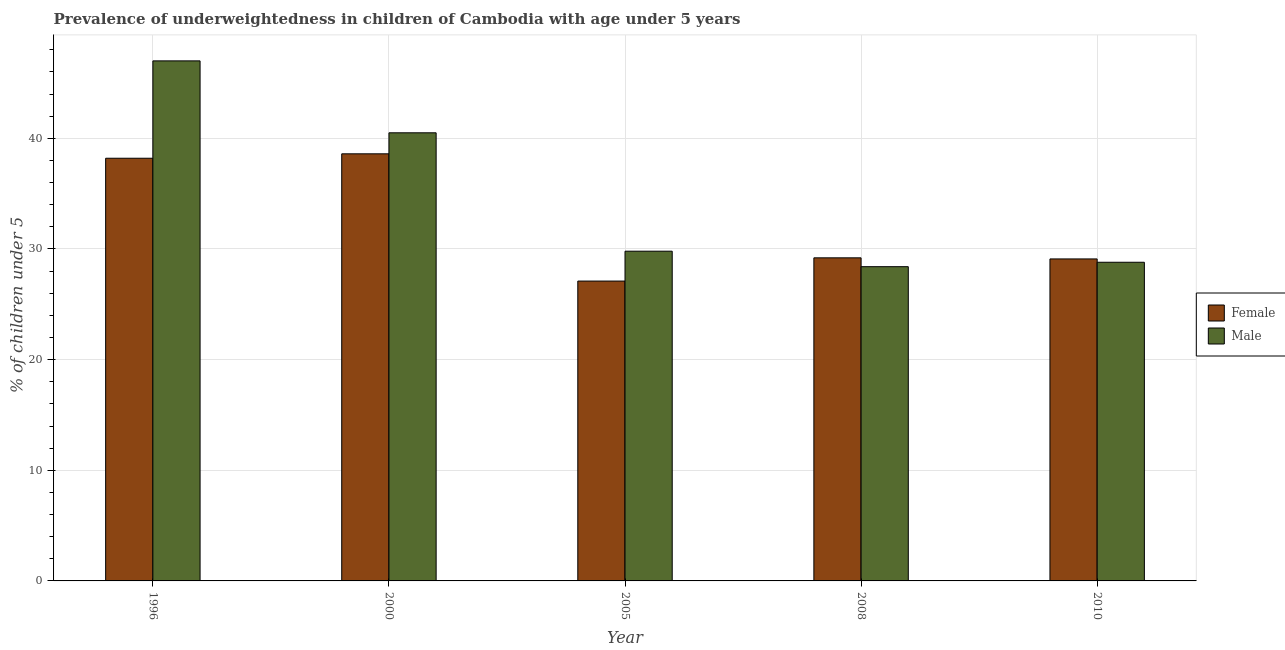
| Year | Female | Male |
 | --- | --- | --- |
 | 1996 | 38.2 | 47 |
 | 2000 | 38.6 | 40.5 |
 | 2005 | 27.1 | 29.8 |
 | 2008 | 29.2 | 28.4 |
 | 2010 | 29.1 | 28.8 |